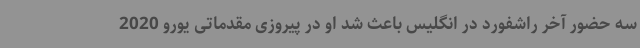
سه حضور آخر راشفورد در انگلیس باعث شد او در پیروزی مقدماتی یورو 2020